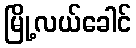
မြို့လယ်ခေါင်